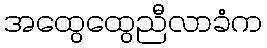
အထွေထွေညီလာခံက